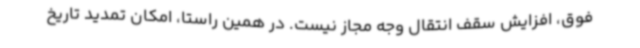
فوق، افزایش سقف انتقال وجه مجاز نیست. در همین راستا، امکان تمدید تاریخ